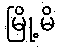
မြို့မိ